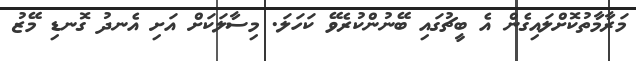
މަރާމާތުކޮށްލައިގެން އެ ބީޗުގައި ބޭނުންކުރެވޭ ކަހަލަ. މިސާލަކަށް އަށި އެނދު ގޮނޑި މޭޒު